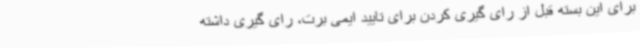
برای این بسته قبل از رای گیری کردن برای تایید ایمی برت، رای گیری داشته